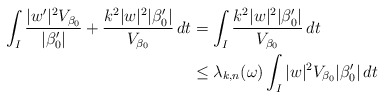
\begin{align*}\int_I \frac{|w'|^2 V_{\beta_0}}{|\beta_0'|} + \frac{k^2 |w|^2 | \beta_0'|}{V_{\beta_0}} \,dt&= \int_I \frac{k^2 |w|^2 | \beta_0'|}{V_{\beta_0}} \,dt \\& \le \lambda_{k,n}(\omega) \int_I |w|^2 V_{\beta_0} | \beta_0'| \,dt \\ \end{align*}